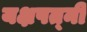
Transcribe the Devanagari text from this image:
यक्षपत्‍नी